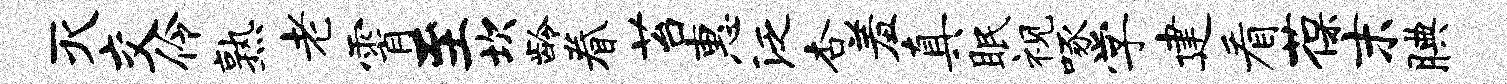
灭交伶熟老霄至坎龄眷苔惠泛杏羞真眠视啄学建看葆末腆